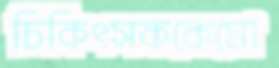
চিকিৎসককেমো